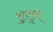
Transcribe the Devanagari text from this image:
सुजून